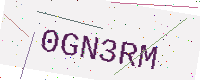
Text: 0GN3RM